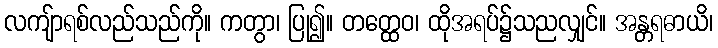
လကျ်ာရစ်လည်သည်ကို။ ကတွာ၊ ပြု၍။ တတ္ထေဝ၊ ထိုအရပ်၌သညလျှင်။ အန္တရဓာယိ၊